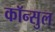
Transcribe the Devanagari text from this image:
कॉन्सुल